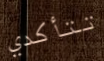
تتأكدي